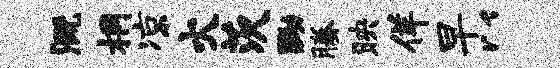
溉桐凉火茨黝腾映佯早以